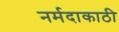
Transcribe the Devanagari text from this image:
नर्मदाकाठी